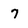
Character: 7